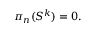
\pi _ { n } ( S ^ { k } ) = 0 .